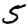
Digit: 5